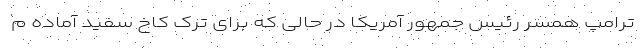
ترامپ همسر رئیس جمهور آمریکا در حالی که برای ترک کاخ سفید آماده م